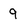
Character: 9